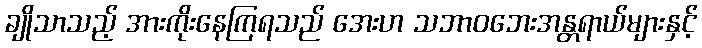
ချိုသာသည့် အားကိုးနေကြရသည် အေးဟ သဘာဝဘေးအန္တရာယ်များနှင့်